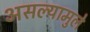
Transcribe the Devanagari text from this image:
असल्यामुले